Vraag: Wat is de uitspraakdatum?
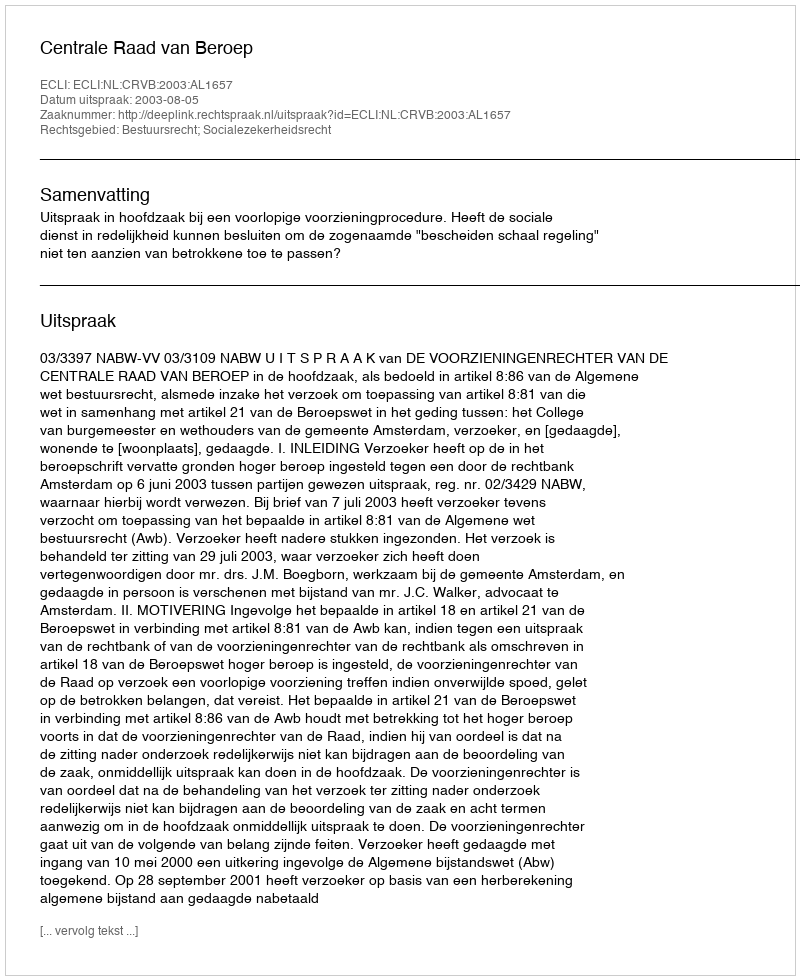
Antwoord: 2003-08-05